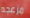
مزعجه